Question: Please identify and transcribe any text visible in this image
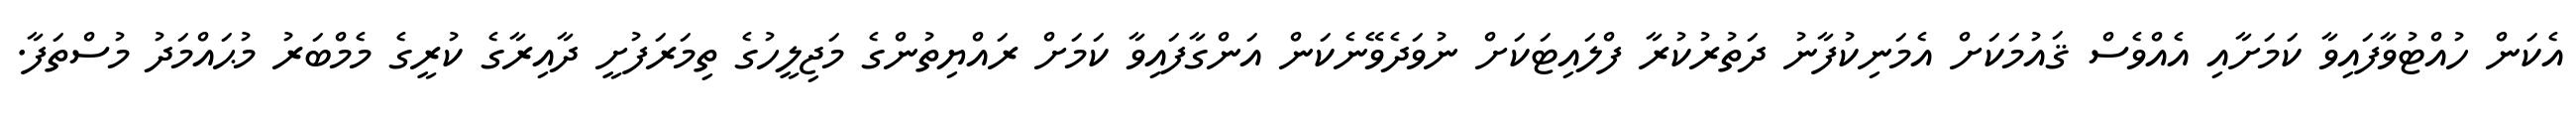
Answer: އެކަން ހުއްޓުވާފައިވާ ކަމަށާއި އެއްވެސް ޤައުމަކަށް އެމަނިކުފާނު ދަތުރުކުރާ ފްލައިޓަކަށް ނުވަދެވޭނެކަން އަންގާފައިވާ ކަމަށް ރައްޔިތުންގެ މަޖިލީހުގެ ތިމަރަފުށީ ދާއިރާގެ ކުރީގެ މެމްބަރު މުޙައްމަދު މުސްތަފާ.